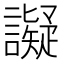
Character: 譺